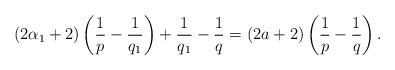
LaTeX: \begin{align*} (2\alpha_1+2)\left(\frac1p-\frac1{q_1} \right)+\frac1{q_1}-\frac{1}{q}=(2a+2)\left(\frac1p-\frac1q \right).\end{align*}